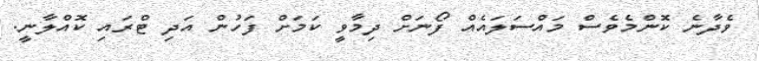
ވެދާނެ ކޮންމެވެސް މައްސަލައެއް ފޯނަށް ދިމާވީ ކަމަށް ފަހުން އަދި ޓްރައި ކޮއްލާނީ.